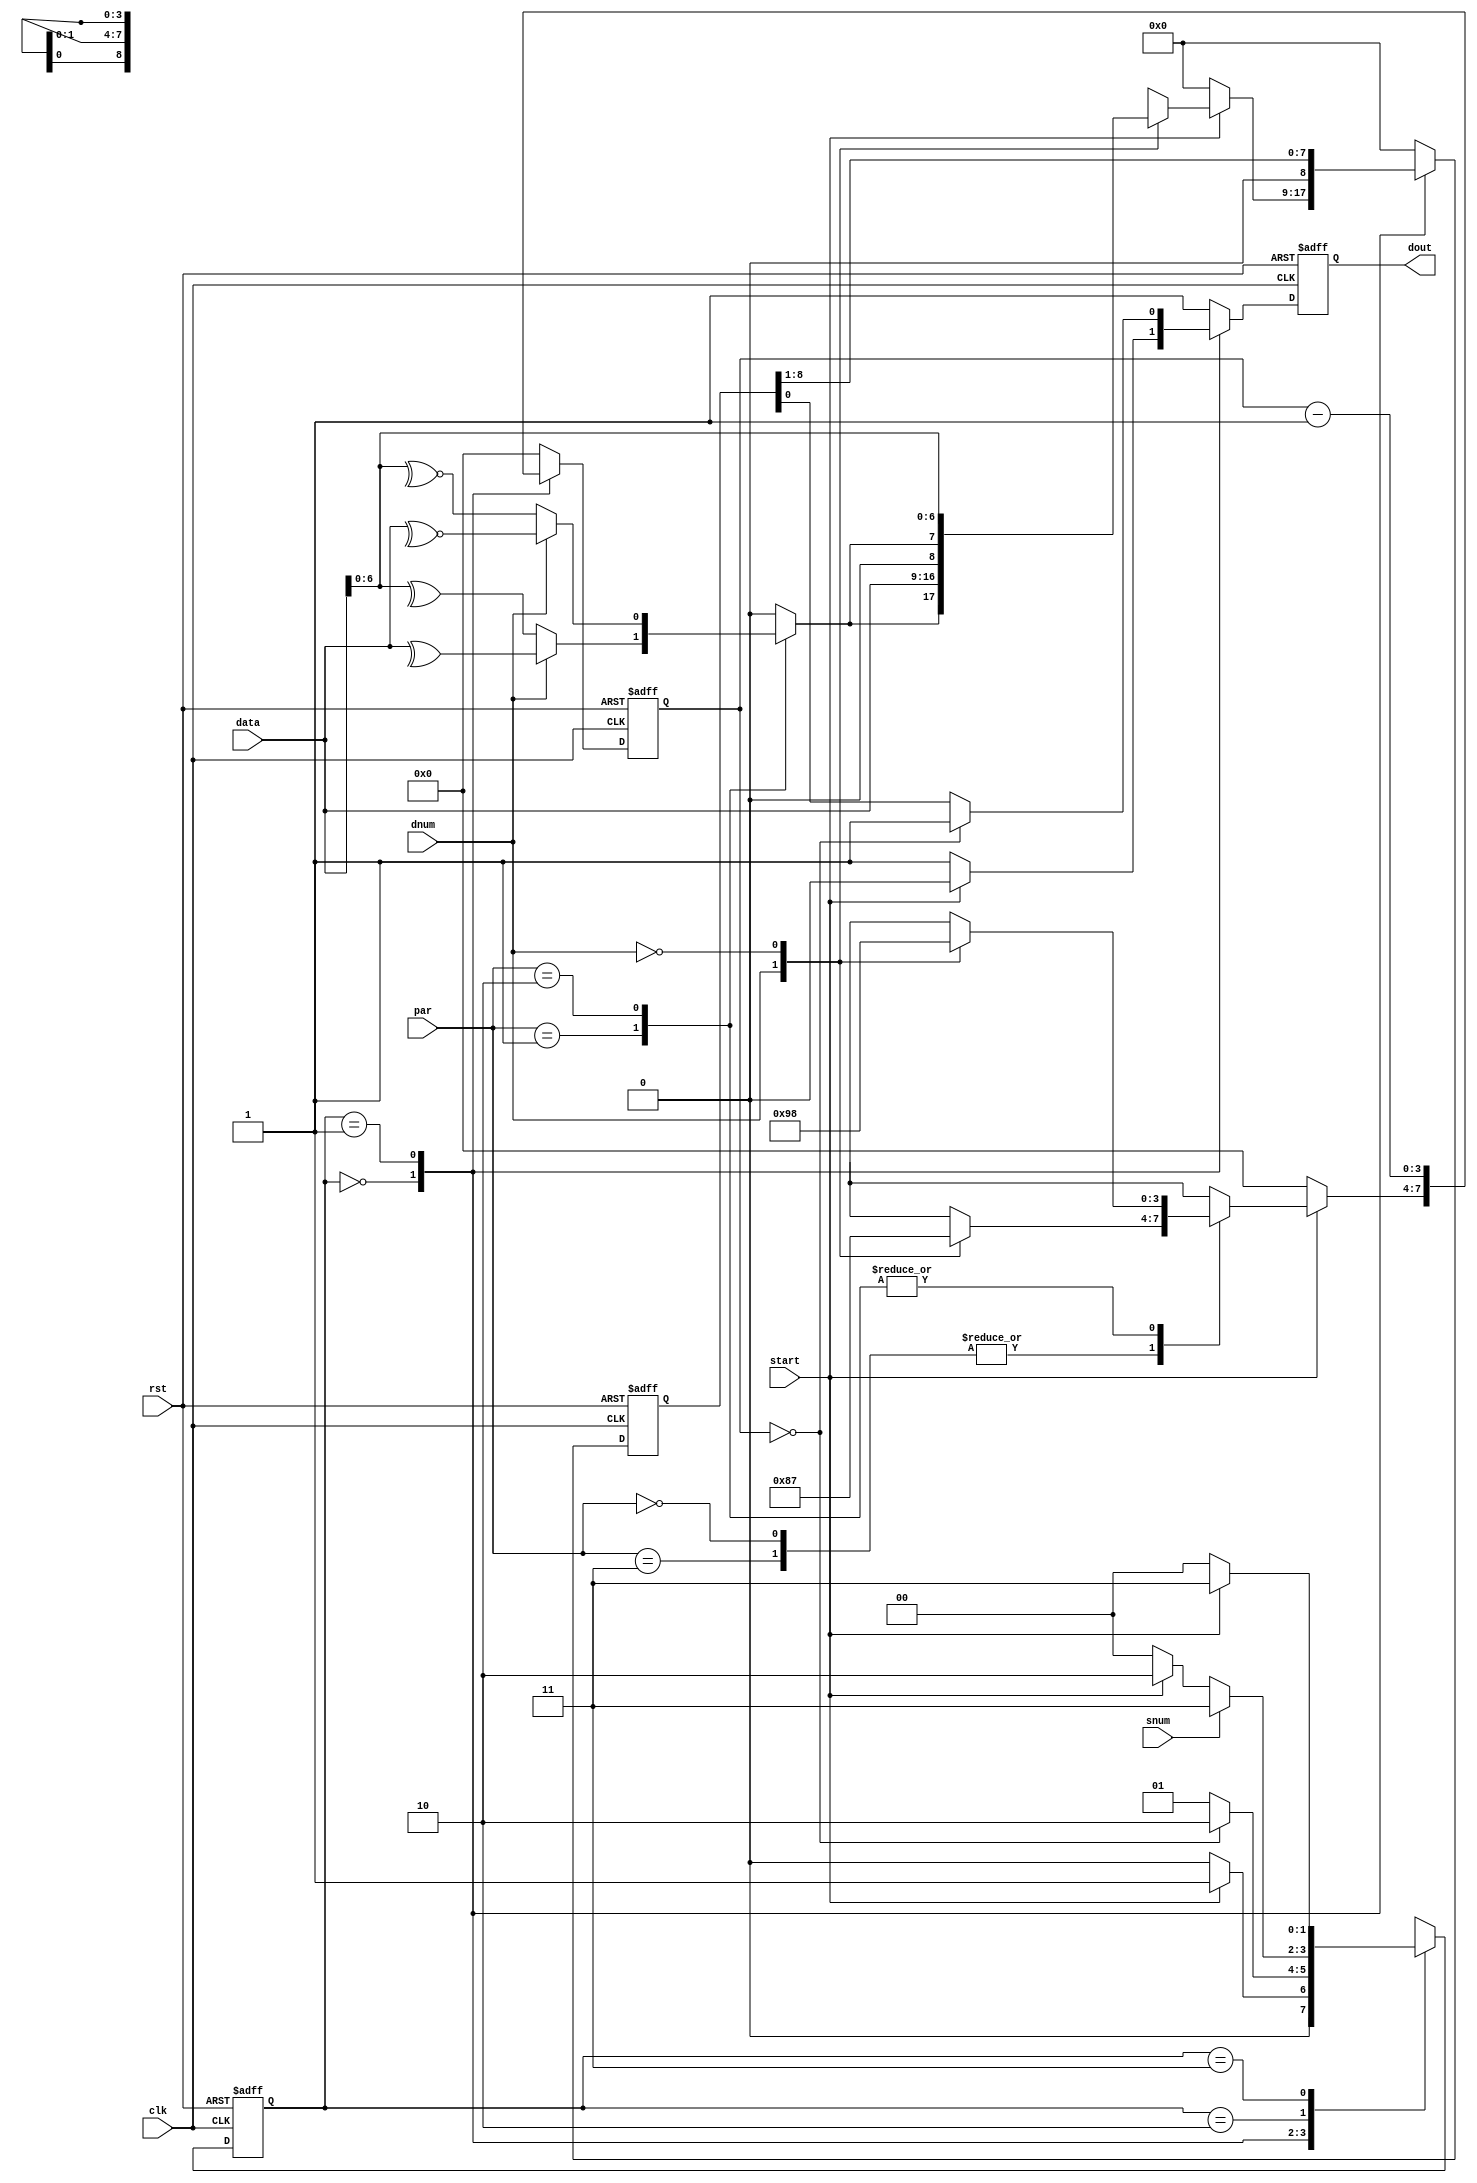
module UART_Transmitter
#(      // FSMD parameters (states names)
    parameter [1:0]  
        idle = 2'b00,
        sending = 2'b01,
        stop = 2'b10,
        transition = 2'b11
)
( data,start,dnum,snum,par,clk,rst,dout
    );
input wire [7:0] data;  // The temperature data to be send to the Receiver
input wire start;       // Start sending the data (flag)
input wire dnum,snum;   // number of data/stop bits
input wire [1:0] par;   // bode_rate/type of parity
input wire clk,rst;     // Clock/reset
    
output wire dout ;       // One bit output (data shifted serialy)


// declaring signals
reg [8:0] data_reg;
reg [8:0] data_reg_next;
reg dout_next;
reg dout_reg;   
reg [1:0] state; //sequential part of the FSMD
reg [1:0] next_state;  // combinational part of the FSMD
reg [3:0] q;   // sequential counter
reg [3:0] q_next; 
reg parity_bit;

//FSMD state and data registers sequantial circuit
always @(posedge clk,posedge rst)
begin
    if(rst)
    begin
        state <= idle;
        data_reg <= 8'b0;
        dout_reg <= 1'b1;
        q <= 4'b0;
    end
    else
    begin
        state <= next_state;
        dout_reg <= dout_next;
        q <= q_next;
        data_reg <= data_reg_next;
    end
end

//Control path of the FSMD ... next statte logic(combinational part of the FSM)
always @(*)
begin
    // next state logic 
    case(state)
    idle:     if(start) next_state = sending;
              else next_state = idle;
        
    sending:  if(q == 4'b0) next_state = stop;
              else next_state = sending;
    
    stop:     if(snum)          next_state = transition;
              else if(~start)   next_state = idle;
              else              next_state = stop; 
                
  transition: if(~start) next_state = idle;
              else       next_state = transition; 
    endcase
end


//Data path of the FSMD ... next data logic
always @(*)
begin
    // next data logic 
    case(state)
    idle:
    begin
        if(start)                                                                                        
        begin                                                                                            
            dout_next = 1'b0;                                                                            
                                                                                                         
            case(par)                                                                                    
            2'b00,2'b11 :                                                                                
            begin                                                                                        
                case(dnum)
                1'b1: q_next = 4'd8;   // no parity + 8-bit data                                      
                1'b0: q_next = 4'd7;   // no parity + 7-bit data
                endcase                                      
                parity_bit = 1'b0;                                                                       
            end                                                                                          
                                                                                                         
            2'b01 :                                                                                      
            begin                                                                                        
                case(dnum)                                                                               
                1'b1:  begin parity_bit = (^data);      q_next = 4'd9; end  //odd parity +  8-bit data   
                1'b0:  begin parity_bit = (^data[6:0]); q_next = 4'd8; end  //odd parity +  7-bit data   
                endcase                                                                                  
            end                                                                                          
                                                                                                         
            2'b10 :                                                                                      
            begin                                                                                        
                case(dnum)                                                                               
                1'b1:  begin parity_bit = (~^data);      q_next = 4'd9; end  //even parity +  8-bit data 
                1'b0:  begin parity_bit = (~^data[6:0]); q_next = 4'd8; end  //even parity +  7-bit data 
                endcase                                                                                  
            end                                                                                          
            endcase                                                                                      
                                                                                                         
            case(dnum)                                                                                   
            1'b1:  data_reg_next = {parity_bit,data};    //parity + data                                               
            1'b0:  data_reg_next = {1'b0,parity_bit,data[6:0]};  // 0 in the 9th bit + parity + data                                
            endcase                                                                                          
        end
        else
        begin
        // like the reset conditions
            dout_next = 1'b1;
            parity_bit = 1'b0;          
            q_next = 4'b0;
            data_reg_next = 9'b0;
        end
    end
    
    sending:
    begin
        if(q == 4'b0) dout_next = 1'b1;
        else   dout_next = data_reg[0];
        q_next = q - 4'b1;      // decrementing the counter
        data_reg_next = data_reg >> 1;  //shift the data one by one with ever clock
    end
    
    default:
    begin
        // reseting conditions
        dout_next = 1'b1;
        parity_bit = 1'b0;
        q_next = 4'b0;
        data_reg_next = 9'b0;
    end
    endcase
end


assign dout = dout_reg;


endmodule